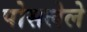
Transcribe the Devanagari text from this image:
पोसलेले